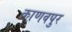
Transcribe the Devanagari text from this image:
काणवपुर